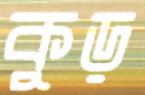
কুড়